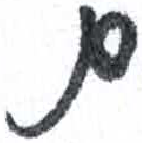
אות: ם